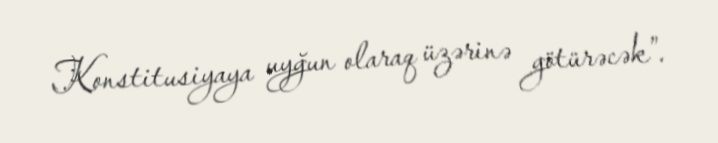
Konstitusiyaya uyğun olaraq üzərinə götürəcək”.